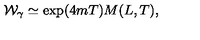
{ \cal W } _ { \gamma } \simeq \exp ( 4 m T ) M ( L , T ) ,